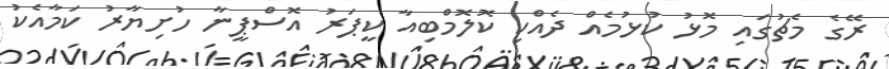
ރޭގެ މެޗުގައި މޮޅު ކުޅުމެއް ދެއްކި ކޮލޮމްބިއާ ކީޕަރު އޮސްޕީނާ ހުށިޔާރު ކަމާއެކު